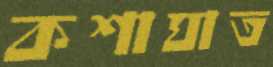
কশাঘাত